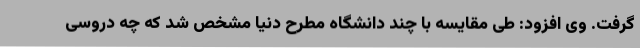
گرفت. وی افزود: طی مقایسه با چند دانشگاه مطرح دنیا مشخص شد که چه دروسی